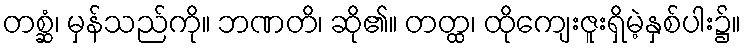
တစ္ဆံ၊ မှန်သည်ကို။ ဘဏတိ၊ ဆို၏။ တတ္ထ၊ ထိုကျေးဇူးရှိမဲ့နှစ်ပါး၌။